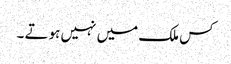
کس ملک میں نہیں ہوتے ۔